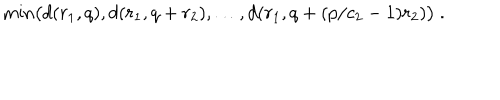
\mathrm { m i n } \big ( d ( r _ { 1 } , q ) , d ( r _ { 1 } , q + r _ { 2 } ) , \ldots , d ( r _ { 1 } , q + ( p / c _ { 2 } - 1 ) r _ { 2 } ) \big ) \ .